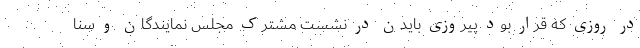
در روزی که قرار بود پیروزی بایدن در نشست مشترک مجلس نمایندگان و سنا